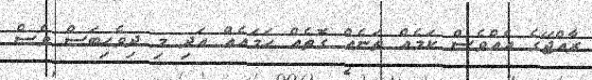
ރާއްޖޭގެ އެއްވެސް ކަމެއް ތަނެއް ގޮތެއް ހަމައެއް އަދި މި ދިވެހިބަސް ވެސް